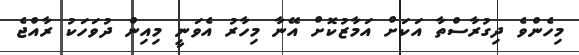
މިހެންވެ ދިގުރާސްތާ އަކަށް އަމާޒުކޮށް އޭނާ މިހާރު އެވަނީ މިއިން ދުވަހަކު ރާއްޖެ